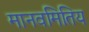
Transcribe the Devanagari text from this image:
मानवमितिय